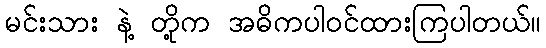
မင်းသား နဲ့ တို့က အဓိကပါဝင်ထားကြပါတယ်။